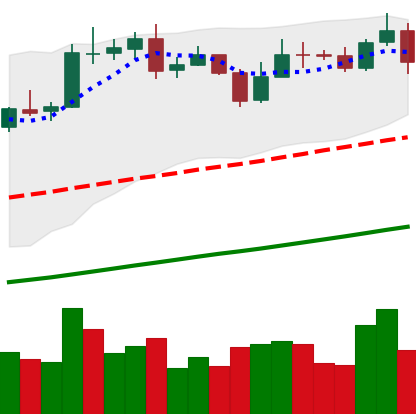
Ticker: BNB-USD
Chart end date: 2020-10-28
Forward return: -8.166%
Label: down_7plus